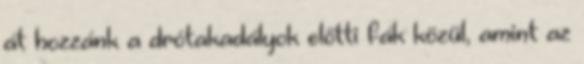
át hozzánk a drótakadályok előtti fák közül, amint az